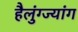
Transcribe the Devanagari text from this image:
हैलुंग्ज्यांग